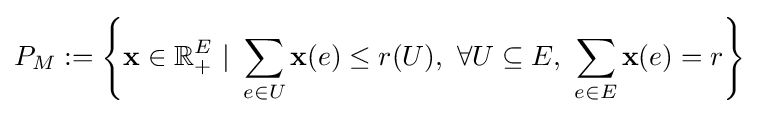
P_{M}:=\left\{{\textbf {x}}\in \mathbb {R} _{+}^{E}~|~\sum _{e\in U}{\textbf {x}}(e)\leq r(U),~\forall U\subseteq E,~\sum _{e\in E}{\textbf {x}}(e)=r\right\}